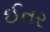
ઈતર